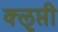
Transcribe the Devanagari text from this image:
क्‍ऌप्ती